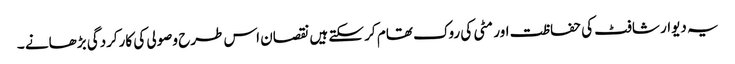
یہ دیوار شافٹ کی حفاظت اور مٹی کی روک تھام کر سکتے ہیں نقصان اس طرح وصولی کی کارکردگی بڑھانے ۔